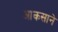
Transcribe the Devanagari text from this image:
आकसाने